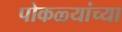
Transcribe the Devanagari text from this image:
पोकळ्यांच्या